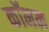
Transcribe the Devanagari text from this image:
कॉमक